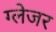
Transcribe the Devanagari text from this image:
ग्लेजर